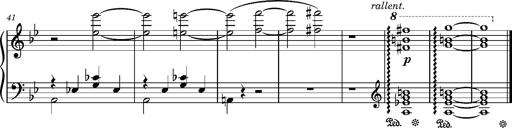
Title: TrÃ¼be Wolken
Composer: Franz Liszt